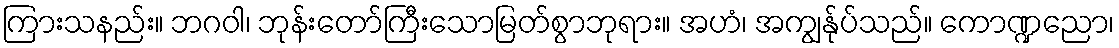
ကြားသနည်း။ ဘဂဝါ၊ ဘုန်းတော်ကြီးသောမြတ်စွာဘုရား။ အဟံ၊ အကျွန်ုပ်သည်။ ကောဏ္ဍညော၊